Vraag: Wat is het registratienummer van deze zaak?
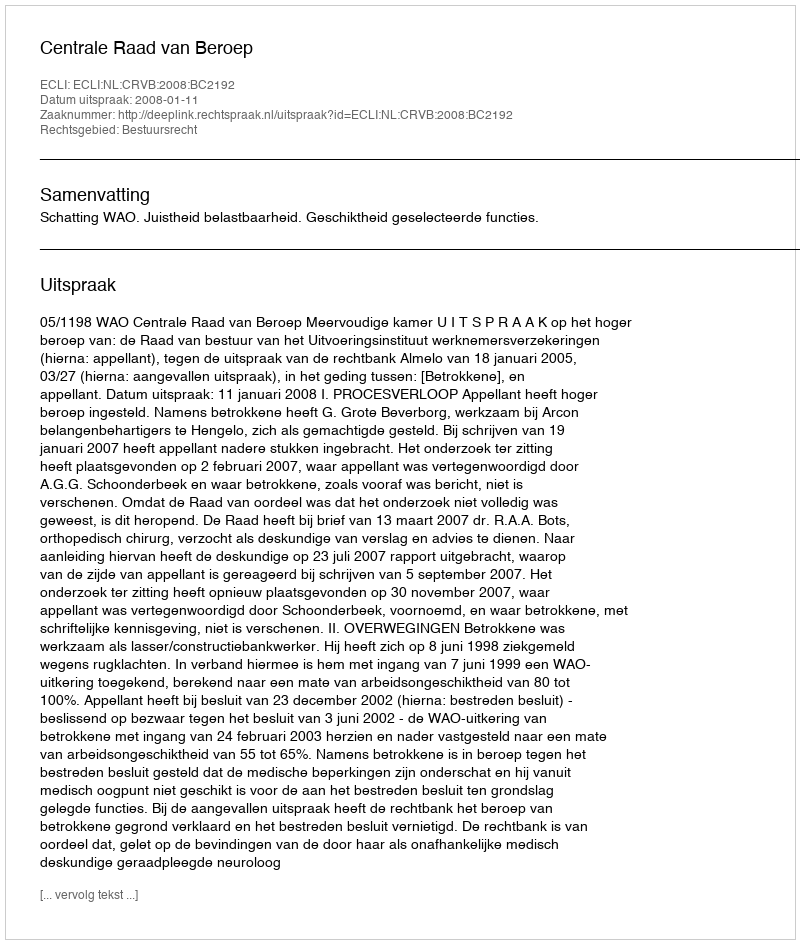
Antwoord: http://deeplink.rechtspraak.nl/uitspraak?id=ECLI:NL:CRVB:2008:BC2192